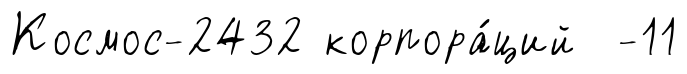
Космос-2432 корпора́ций -11